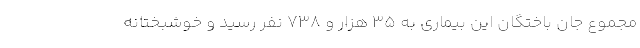
مجموع جان باختگان این بیماری به ۳۵ هزار و ۷۳۸ نفر رسید و خوشبختانه